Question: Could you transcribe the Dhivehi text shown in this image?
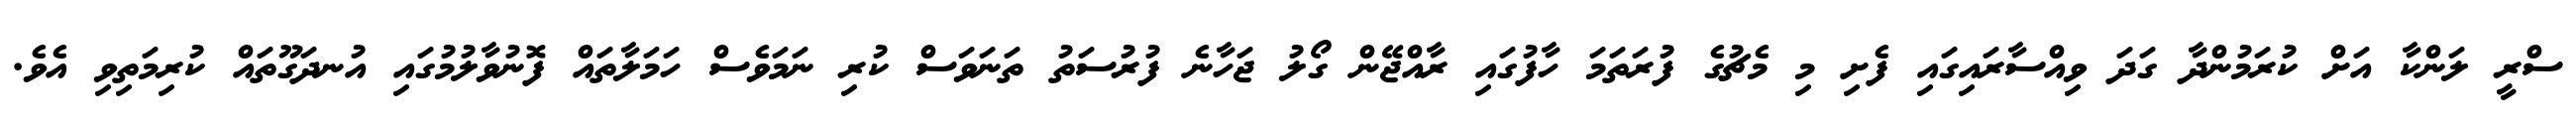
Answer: ސްރީ ލަންކާ އަށް ކުރަމުންދާ ގަދަ ވިއްސާރައިގައި ފެށި މި މެޗުގެ ފުރަތަމަ ހާފުގައި ރާއްޖޭން ގޯލު ޖަހާނެ ފުރުސަތު ތަނަވަސް ކުރި ނަމަވެސް ހަމަލާތައް ފޮނުވާލުމުގައި އުނދަގޫތައް ކުރިމަތިވި އެވެ.